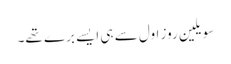
سویلین روز اول سے ہی ایسے برے تھے۔